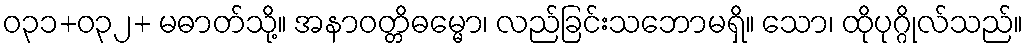
ဝ၃၁+၀၃၂+ မဓာတ်သို့။ အနာဝတ္တိဓမ္မော၊ လည်ခြင်းသဘောမရှိ။ သော၊ ထိုပုဂ္ဂိုလ်သည်။